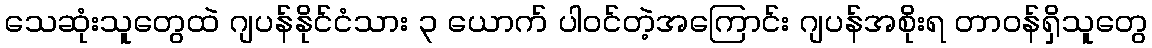
သေဆုံးသူတွေထဲ ဂျပန်နိုင်ငံသား ၃ ယောက် ပါဝင်တဲ့အကြောင်း ဂျပန်အစိုးရ တာဝန်ရှိသူတွေ